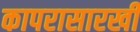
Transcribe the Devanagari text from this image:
कापरासारखी